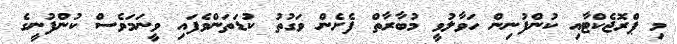
މި ޕްރޮޖެކްޓާއި ކުންފުނިން ހަވާލުވީ މުބާރާތް ފެށެން ވަގުތު ކުޑަތަންވެފައި ވީނަމަވެސް ކުންފުނީގެ